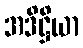
အဒိဋ္ဌိယာ